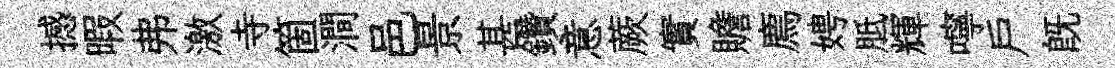
撼暇弗激寺箇澗邑景甚鑽意蕨實贍廌娉胝輝嚀戶既